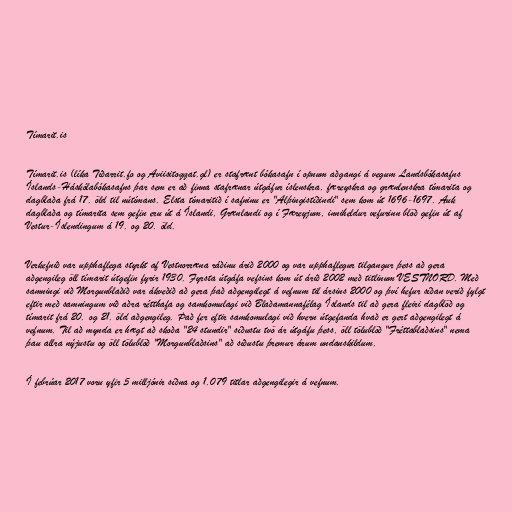
Tímarit.is

Tímarit.is (líka Tíðarrit.fo og Aviisitoqqat.gl) er stafrænt bókasafn í opnum aðgangi á vegum Landsbókasafns
Íslands-Háskólabókasafns þar sem er að finna stafrænar útgáfur íslenskra, færeyskra og grænlenskra tímarita og
dagblaða frá 17. öld til nútímans. Elsta tímaritið í safninu er "Alþingistíðindi" sem kom út 1696-1697. Auk
dagblaða og tímarita sem gefin eru út á Íslandi, Grænlandi og í Færeyjum, inniheldur vefurinn blöð gefin út af
Vestur-Íslendingum á 19. og 20. öld.

Verkefnið var upphaflega styrkt af Vestnorræna ráðinu árið 2000 og var upphaflegur tilgangur þess að gera
aðgengileg öll tímarit útgefin fyrir 1930. Fyrsta útgáfa vefsins kom út árið 2002 með titlinum VESTNORD. Með
samningi við Morgunblaðið var ákveðið að gera það aðgengilegt á vefnum til ársins 2000 og því hefur síðan verið fylgt
eftir með samningum við aðra rétthafa og samkomulagi við Blaðamannafélag Íslands til að gera fleiri dagblöð og
tímarit frá 20. og 21. öld aðgengileg. Það fer eftir samkomulagi við hvern útgefanda hvað er gert aðgengilegt á
vefnum. Til að mynda er hægt að skoða "24 stundir" síðustu tvö ár útgáfu þess, öll tölublöð "Fréttablaðsins" nema
þau allra nýjustu og öll tölublöð "Morgunblaðsins" að síðustu þremur árum undanskildum.

Í febrúar 2017 voru yfir 5 milljónir síðna og 1.079 titlar aðgengilegir á vefnum.